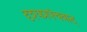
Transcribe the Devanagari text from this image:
दृश्यप्रपंचवाद